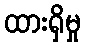
ထားရှိမှု